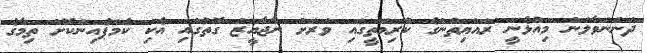
ދަންނަވާލަން މިއުޅެނީ ރައްޔިތުންގެ ކުރިމަތީގައި ވަރަށް ނާޖާއީޒް ގޮތުގައި އެކި ކެމްޕެއިންކޮށް ތިމާގެ